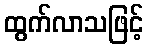
ထွက်လာသဖြင့်